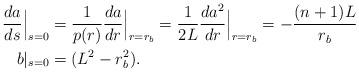
LaTeX: \begin{align*}\frac{da}{ds}\Big|_{s=0} &= \frac{1}{p(r)} \frac{da}{dr}\Big|_{r=r_b} = \frac{1}{2L} \frac{da^2}{dr}\Big|_{r=r_b} = -\frac{(n+1)L}{r_b} \\b|_{s=0} &= (L^2 - r_b^2).\end{align*}